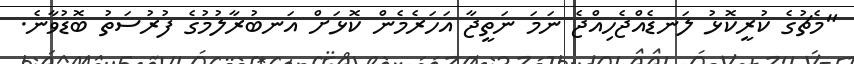
"މެޗުގެ ކުރީކޮޅު ލަނޑެއްޖެހިއްޖެ ނަމަ ނަތީޖާ އަހަރެމެން ކޮޅަށް އަނބުރާލުމުގެ ފުރުސަތު ބޮޑުވާނެ.